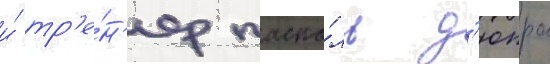
и́ тр'е́н'ер паска́ль д'юпра